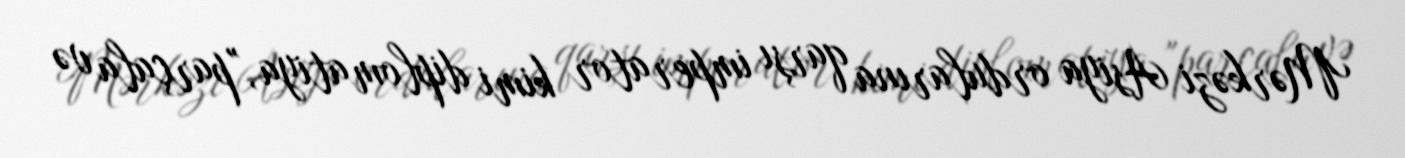
Mərkəzi Asiya ordularına qarşı imperator kimi diplomatiya, "parçala və